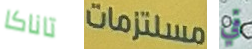
تاناكا مستلزمات في